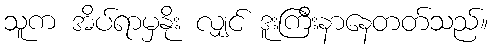
သူက အိပ်ရာမှနိုး လျှင် ဒူးကြီးနာနေတတ်သည်။